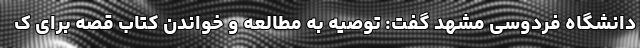
دانشگاه فردوسی مشهد گفت: توصیه به مطالعه و خواندن کتاب قصه برای ک